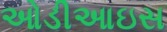
ઓડીઆઇસ